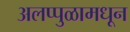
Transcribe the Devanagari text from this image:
अलप्पुळामधून